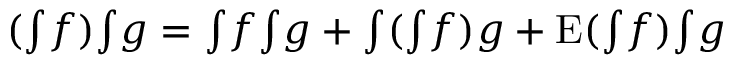
( \ensuremath { { \textstyle \int } } { f } ) \ensuremath { { \textstyle \int } } { g } = \ensuremath { { \textstyle \int } } { f } \ensuremath { { \textstyle \int } } { g } + \ensuremath { { \textstyle \int } } ( \ensuremath { { \textstyle \int } } { f } ) g + \ensuremath { { \mathrm { E } } } ( \ensuremath { { \textstyle \int } } { f } ) \ensuremath { { \textstyle \int } } { g }